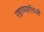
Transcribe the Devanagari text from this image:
रहाण्याऍवजी